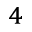
^ 4